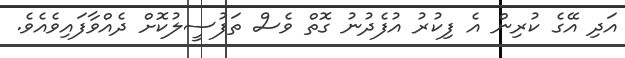
އަދި އޭގެ ކުރިން އެ ފިކުރު އުފެދުނު ގޮތް ވެސް ތަފުސީލުކޮށް ދެއްވާފައިވެއެވެ.